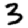
Digit: 3